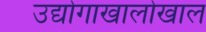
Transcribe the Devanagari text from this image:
उद्योगाखालोखाल